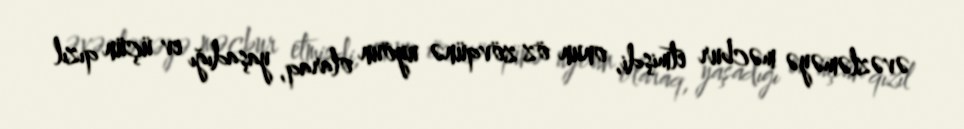
əvəzləməyə məcbur etmişdi, onun öz zövqünə uyöun olaraq, yaşadığı ev üçün qızıl